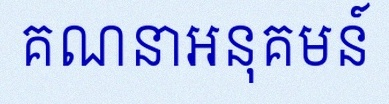
គណនាអនុគមន៍